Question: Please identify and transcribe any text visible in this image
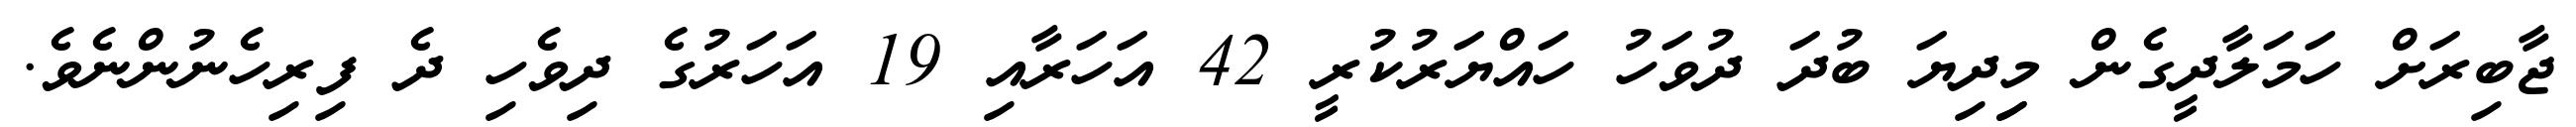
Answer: ޖާބިރަށް ހަމަލާދީގެން މިިދިޔަ ބުދަ ދުވަހު ހައްޔަރުކުރީ 42 އަހަރާއި 19 އަހަރުގެ ދިވެހި ދެ ފިރިހެނުންނެވެ.